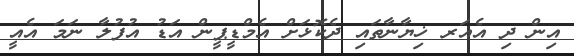
އިން ދި އެއަރ ޚިޔާނާތައި ދެކޮޅަށް އެމްޑީޕީން އަޑު އުފުލާ ނަމަ އެއީ